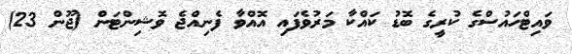
ވައިޓްހައުސްގެ ކުރީގެ ބޮޑު ކައްކާ މަރުވެފައި އޮއްވާ ފެނިއްޖެ ވޮޝިންޓަން (ޖޫން 23)